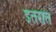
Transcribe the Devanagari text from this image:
इतरात